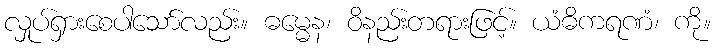
လှုပ်ရှားစေပါသော်လည်း။ ဓမ္မေန၊ ဝိနည်းတရားဖြင့်။ ယံဓိကရဏံ၊ ကို။